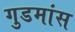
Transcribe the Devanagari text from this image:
गुडमांस